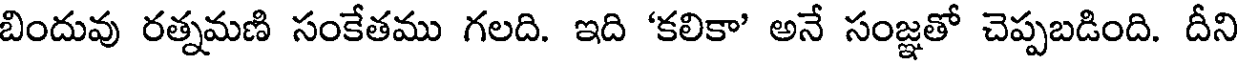
బిందువు రత్నమణి సంకేతము గలది. ఇది 'కలికా' అనే సంజ్ఞతో చెప్పబడింది. దీని